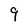
Character: 9